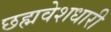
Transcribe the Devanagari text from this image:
छह्मवेशधारी